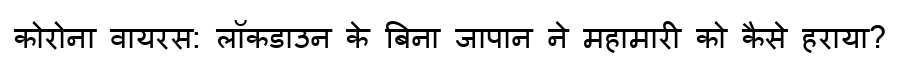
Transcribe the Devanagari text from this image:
कोरोना वायरस: लॉकडाउन के बिना जापान ने महामारी को कैसे हराया?